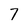
Character: 7